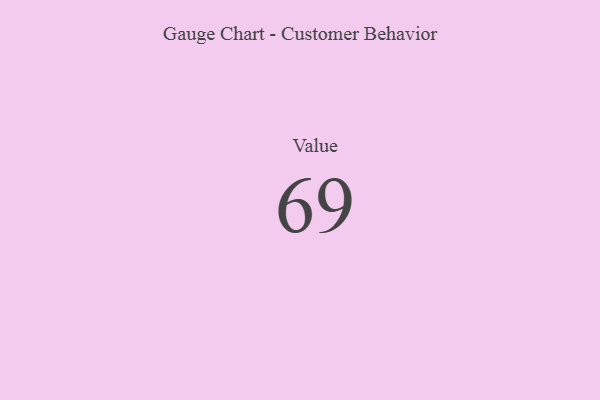
{"axis": {"x": "Metric", "y": "Value"}, "legend": [""], "data": [{"x": "Value", "y": 69, "type": ""}]}